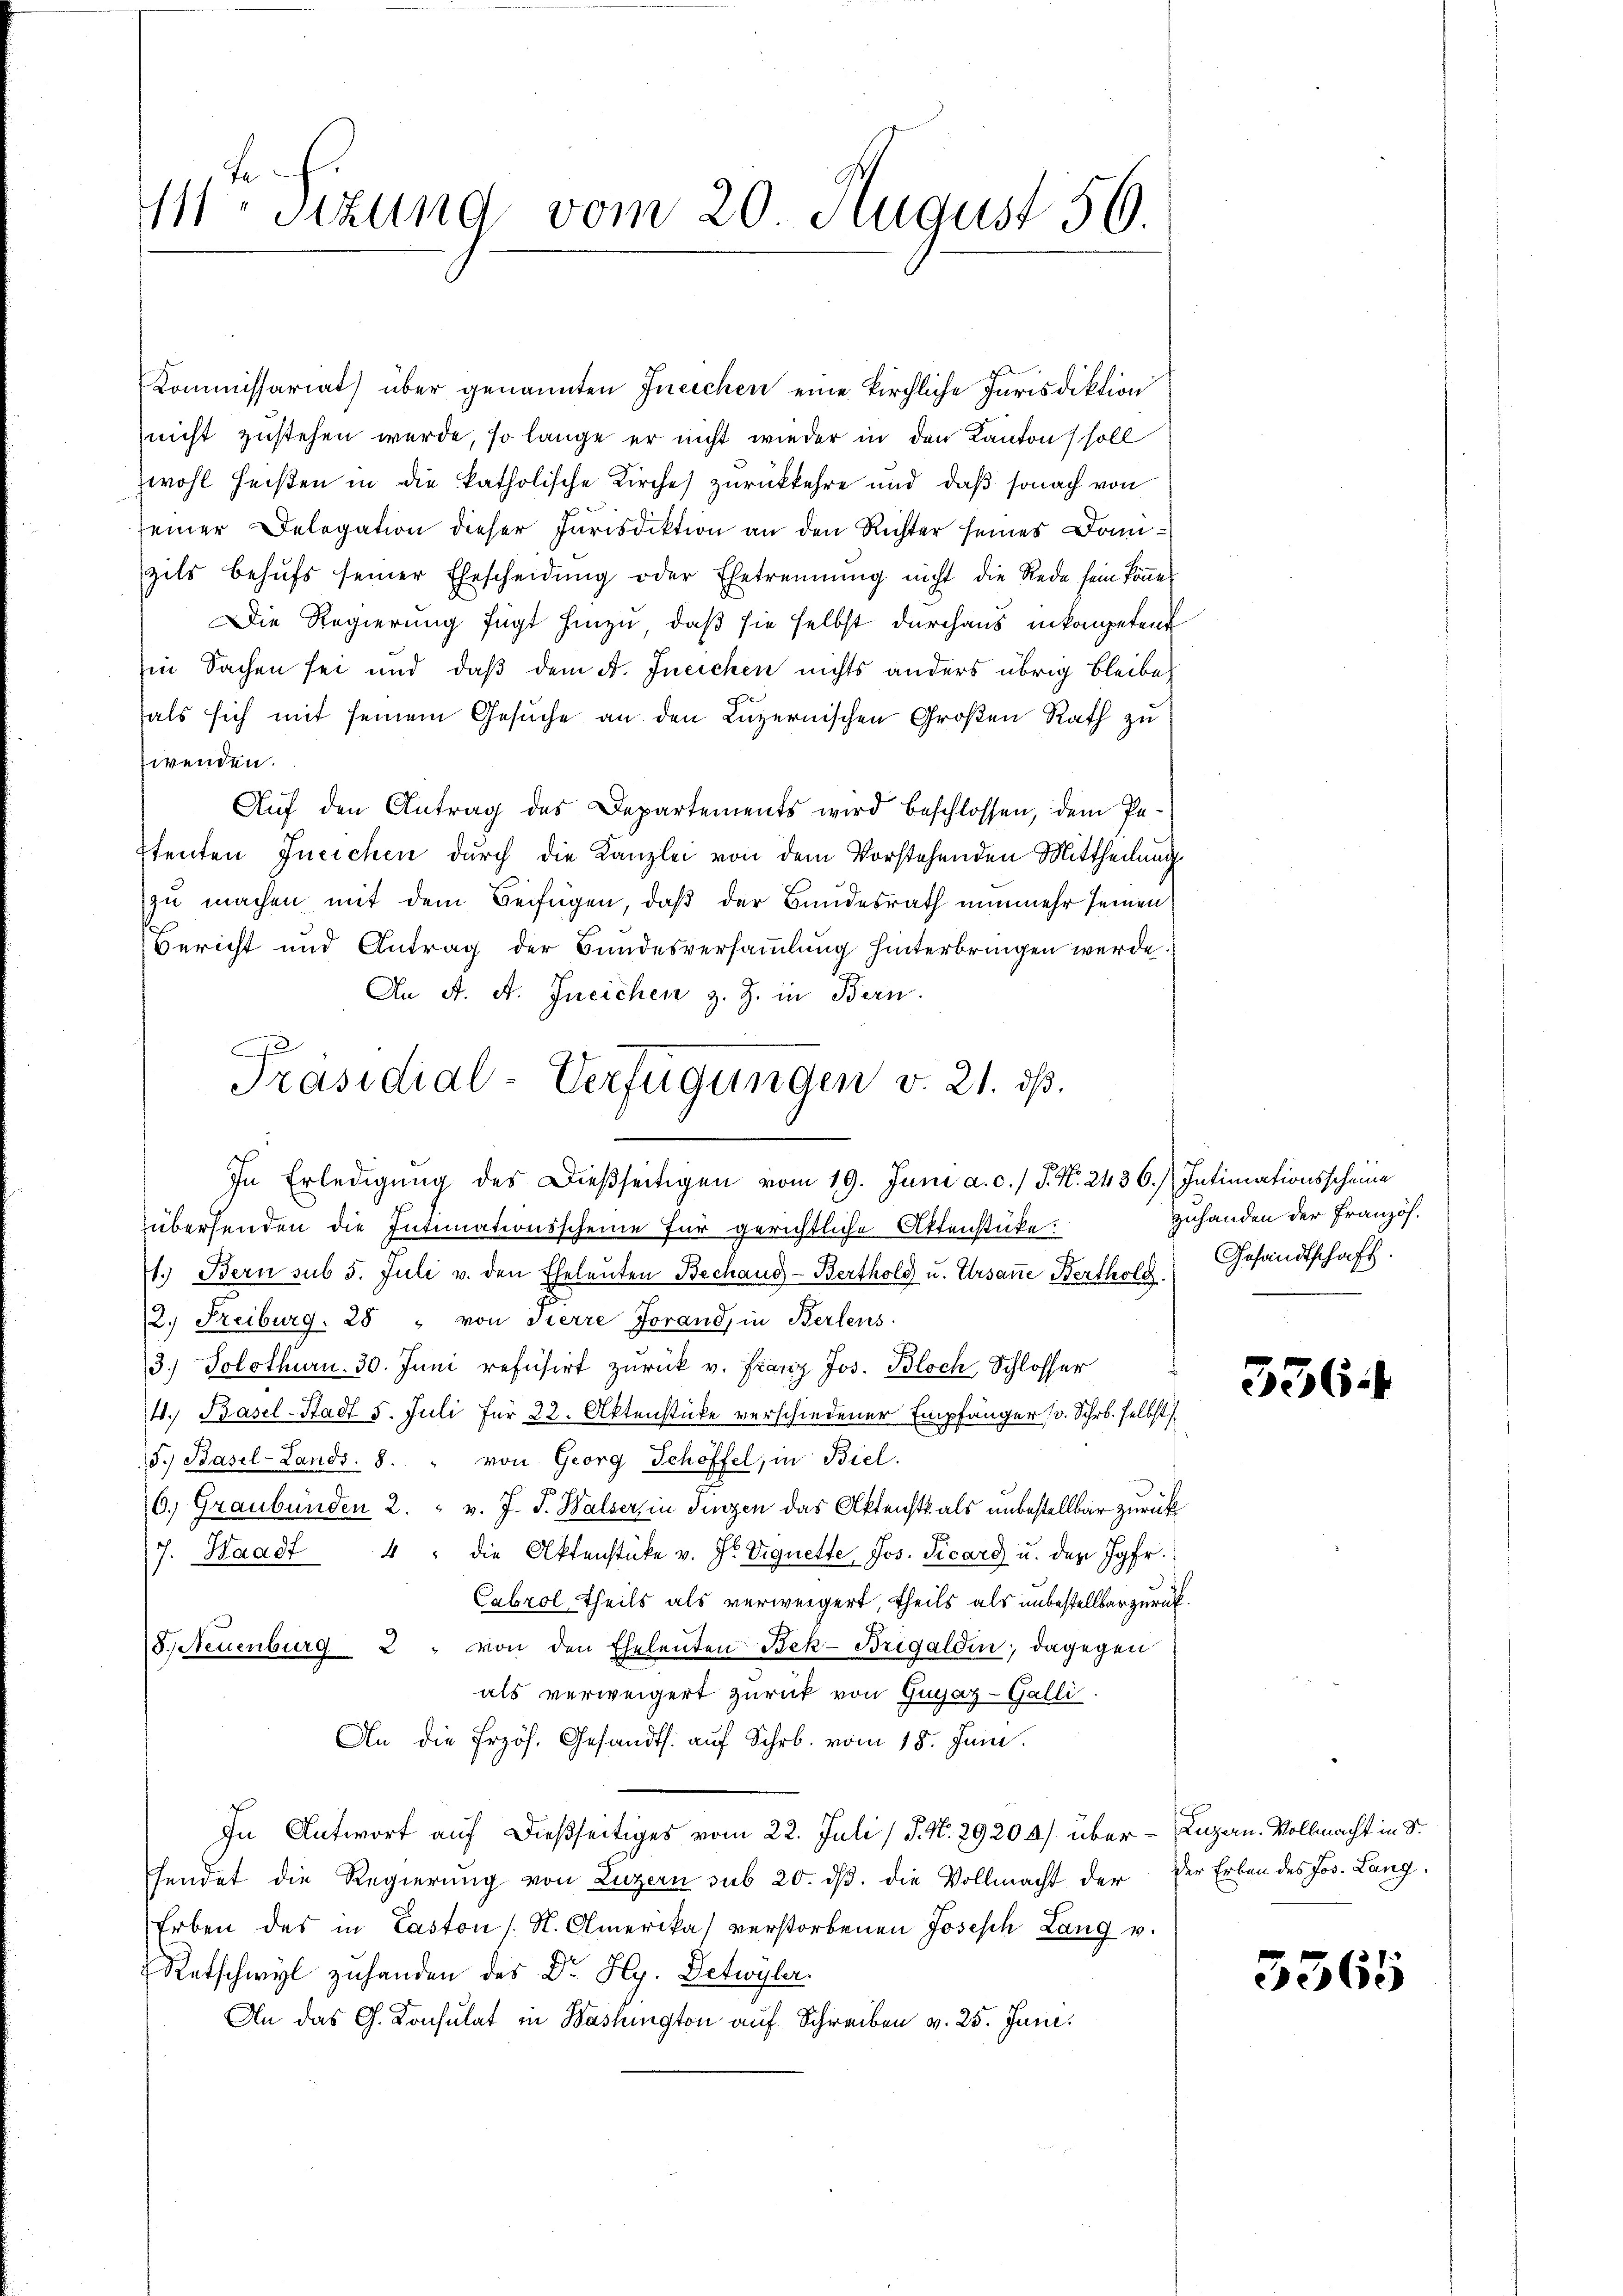
411 Stzung vom 20. August 56.

Kommissariat über genannten Ineichen eine kirchliche Jurisdiktion
nicht zustehen wurde, so lange er nicht wieder in den Kanton soll
Zwohl heißen in die katholische Kirches zurückkehre und daß sonach von
seiner Delegation dieser Jurisdiktion an den Richter seines Domizils behŭfs seiner Ehescheidŭng oder Ehetrennung nicht die Rede sein köṅe.
Die Regierung fügt hinzu, daß sie selbst durchaus inkompetent
in Sachen sei und daß dem A. Ineichen nichts anders übrig bleibe
als sich mit seinem Gesŭche an den Luzernischen Großen Rath zu
wenden.
Auf den Antrag des Departements wird beschlossen, dem Petenten Ineichen durch die Kanzlei von dem Vorstehenden Mittheilung
zu machen mit dem Beifügen, daß der Bundesrath nunmehr seinen
Bericht und Antrag der Bundesversammlung hinterbringen werde
An A. A. Ineichen z. Z. in Bern.
In Erledigung des Dießseitigen vom 19. Juni a. c.) J. N. 2436. Intimationsscheine
übersenden die Intimationsscheine für gerichtliche Attenstücke:
1. Bern sub 5. Juli v. den Eheleuten Bechand-Berthold u. Ursane Berthold.
2. Freiburg. 28 " von Tierre Forand, in Berlens
3.) Solothurn. 30. Juni refusirt zurück v. Franz Jos. Bloch, Schlosser
4. Basel-Stadt 5. Juli für 22. Aktenstücke verschiedener Empfänger (v. Schr. selbst
5.) Basel-Lands 8. " von Georg Schöffel, in Biel.
6.) Graubünden 2. v. J. J. Halser, in Fingen das Aktenst als unbestellbar zurück
7. Waadt " " die Aktenstüke v. J. Vrquette Jos. Picard u. der Jgfr.
Cabrol, theils als verweigert, theils als unbestellbar zurück.
8, Neuenburg 2 " von den Eheleuten Bek-Brigaldin; dagegen
als verweigert zurück von Graz-Galli.
An die frzös. Gesandts. auf Schr. vom 18. Juni.
In Antwort auf dießseitiges vom 22. Juli /J. No. 29204) über – Luzern. Vollmacht in S.
sendet die Regierung von Luzern sub 20. ds. die Vollmacht der der Erben des Jos. Lang¬
Erben des in Caston s. St. Amerika verstorbenen Joseph Lang v.
Retschwyl zuhanden des Dr. Hy. Detwyler.
An das G. Konsulat in Washington auf Schreiben v. 25. Juni.

Präsidial-Verfügungen v. 21. ds.

zuhanden der Französ.
Gesandtschaft.

536.

3365